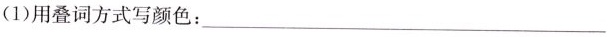
(1)用叠词方式写颜色：___